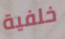
خلفية